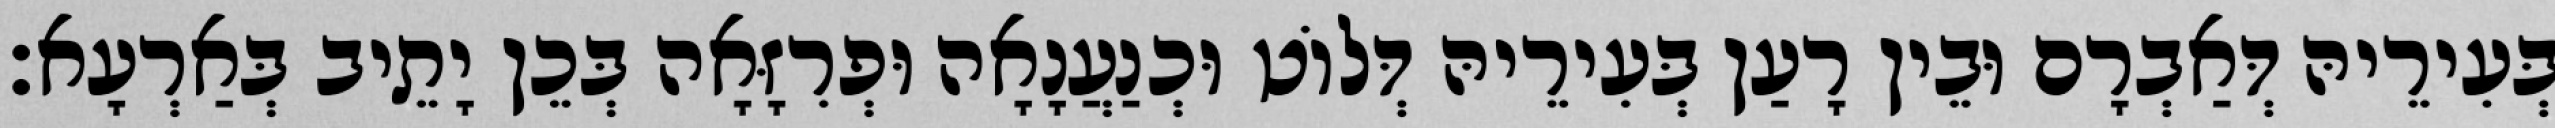
בְּעִירֵיהּ דְּאַבְרָם וּבֵין רָעַן בְּעִירֵיהּ דְּלוֹט וּכְנַעֲנָאָה וּפְרִזָּאָה בְּכֵן יָתֵיב בְּאַרְעָא׃